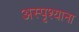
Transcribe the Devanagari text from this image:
अस्पृश्याना